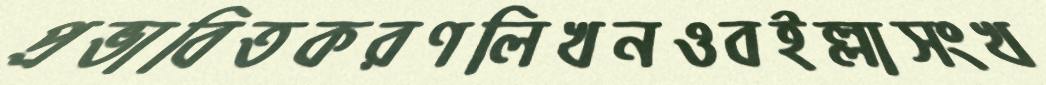
প্রভাবিতকরণলিখনওবইল্লাসংখ